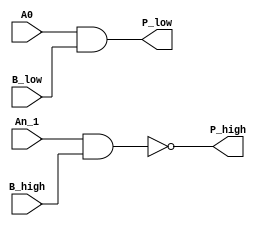
`timescale 1ns/1ns
module LUT_d(
    input           A0          ,
    input           B_low       ,
    input           An_1        ,
    input           B_high      ,
    output          P_high      ,
    output          P_low       //             
);

   assign P_high = !(An_1 & B_high);
   assign P_low = A0 & B_low;

endmodule // LUT_d